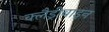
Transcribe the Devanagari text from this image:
क्लैड्रीबाइन